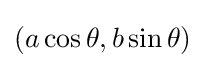
(a\cos \theta ,b\sin \theta )